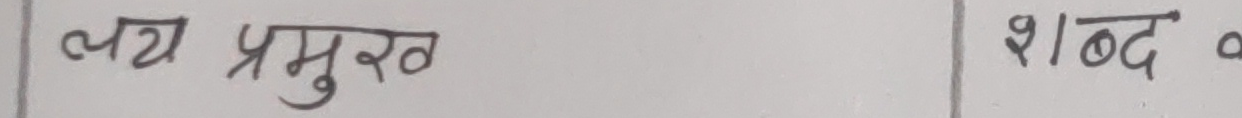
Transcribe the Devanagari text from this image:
त्व प्रमुख शब्द अ